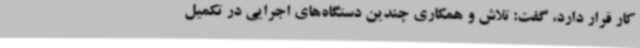
کار قرار دارد، گفت: تلاش و همکاری چندین دستگاه‌های اجرایی در تکمیل